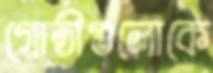
গোষ্ঠীগুলোকে